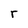
Character: r